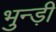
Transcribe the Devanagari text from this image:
भुन्ड़ी